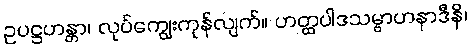
ဥပဋ္ဌဟန္တာ၊ လုပ်ကျွေးကုန်လျက်။ ဟတ္ထပါဒသမ္ဗာဟနာဒီနိ၊